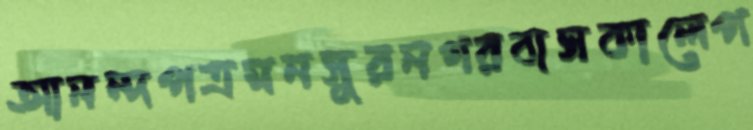
আনন্দপত্রমনসুরনগরবাসকালেপ